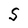
Character: S